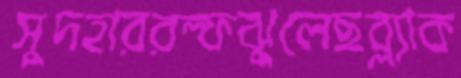
সুদহাররল্ফঝুলেছব্ল্যাক